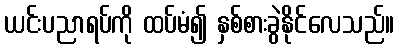
ယင်းပညာရပ်ကို ထပ်မံ၍ နှစ်စားခွဲနိုင်လေသည်။